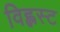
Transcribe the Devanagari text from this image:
विह्लस्ट